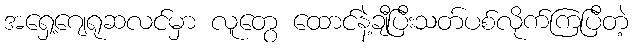
အရှေ့ဂျေရုဆလင်မှာ လူတွေ ထောင်နဲ့ချီပြီးသတ်ပစ်လိုက်ကြပြီတဲ့